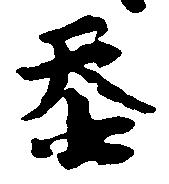
忝